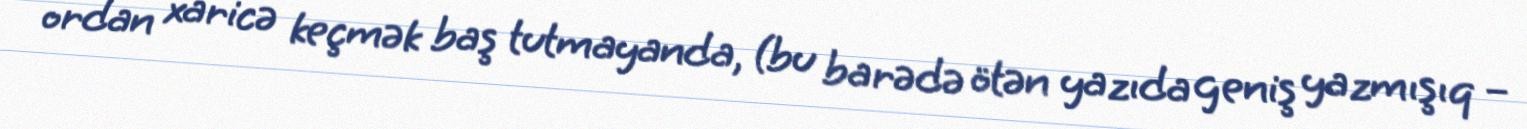
ordan xaricə keçmək baş tutmayanda, (bu barədə ötən yazıda geniş yazmışıq –